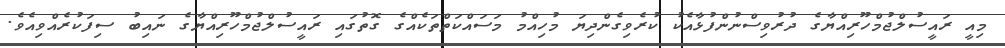
މިއީ ރައީސުލްޖުމްހޫރިއްޔާގެ ދުރުވިސްނުންފުޅާއެކު ކުރެވިގެންދިޔަ މުހިއްމު މަސައްކަތްތަކެއްގެ ގޮތުގައި ރައީސުލްޖުމްހޫރިއްޔާގެ ނައިބު ސިފަކުރެއްވިއެވެ.